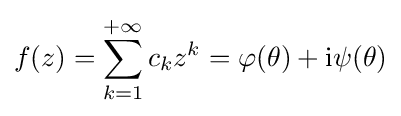
f(z)=\sum _{k=1}^{+\infty }c_{k}z^{k}=\varphi (\theta )+\mathrm {i} \psi (\theta )